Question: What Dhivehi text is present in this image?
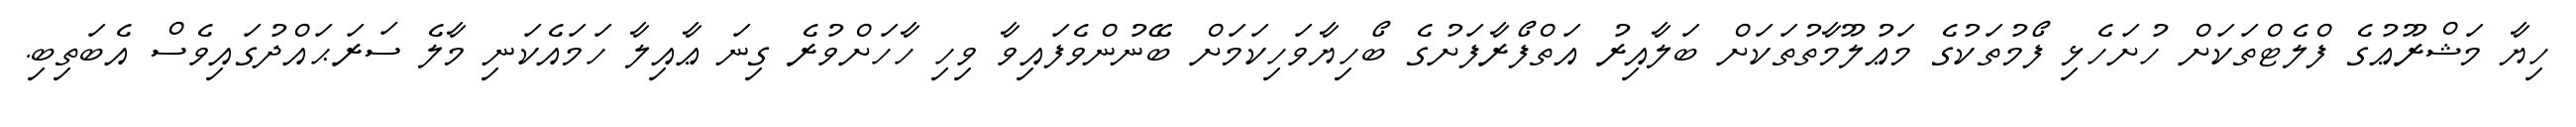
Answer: ހިޔާ މަޝްރޫޢުގެ ފްލެޓްތަކަށް ހުށަހެޅި ފޯމުތަކުގެ މަޢުލޫމާތުތަކަށް ބަލާއިރު އަތްފޯރާފަށުގެ ބޯހިޔާވަހިކަމަށް ބޭނުންވެފައިވާ ވިހި ހާހަށްވުރެ ގިނަ ޢާއިލާ ހަމައެކަނި މާލެ ސަރަޙައްދުގައިވެސް އެބަތިބި.